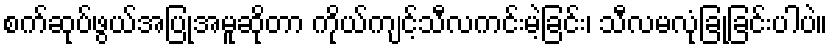
စက်ဆုပ်ဖွယ်အပြုအမူဆိုတာ ကိုယ်ကျင့်သီလကင်းမဲ့ခြင်း၊ သီလမလုံခြုံခြင်းပါပဲ။